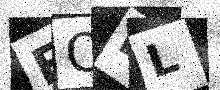
Text: FOLL